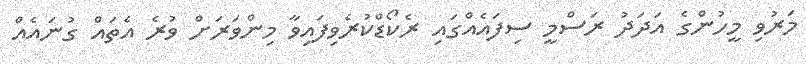
މަރުވި މީހުންގެ އަދަދު ރަސްމީ ސިފައެއްގައި ރެކޯޑްކުރެވިފައިވާ މިންވަރަށް ވުރެ އެތައް ގުނައެއް